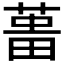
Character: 𦵰